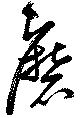
磨